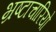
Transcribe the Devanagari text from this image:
भ्रष्टाचारियो